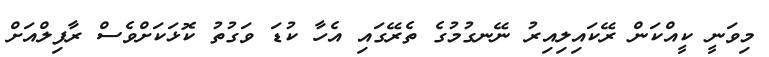
މިވަނީ ކީއްކަން ރޭކައިލިއިރު ނޭނގުމުގެ ތެރޭގައި އެހާ ކުޑަ ވަގުތު ކޮޅަކަށްވެސް ރާފިލްއަށް